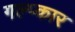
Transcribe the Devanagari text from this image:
गल्प्कार